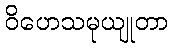
ဝိဟေသမုယျုတာ